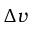
\Delta v